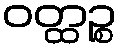
ဝတ္ထဉ္စ